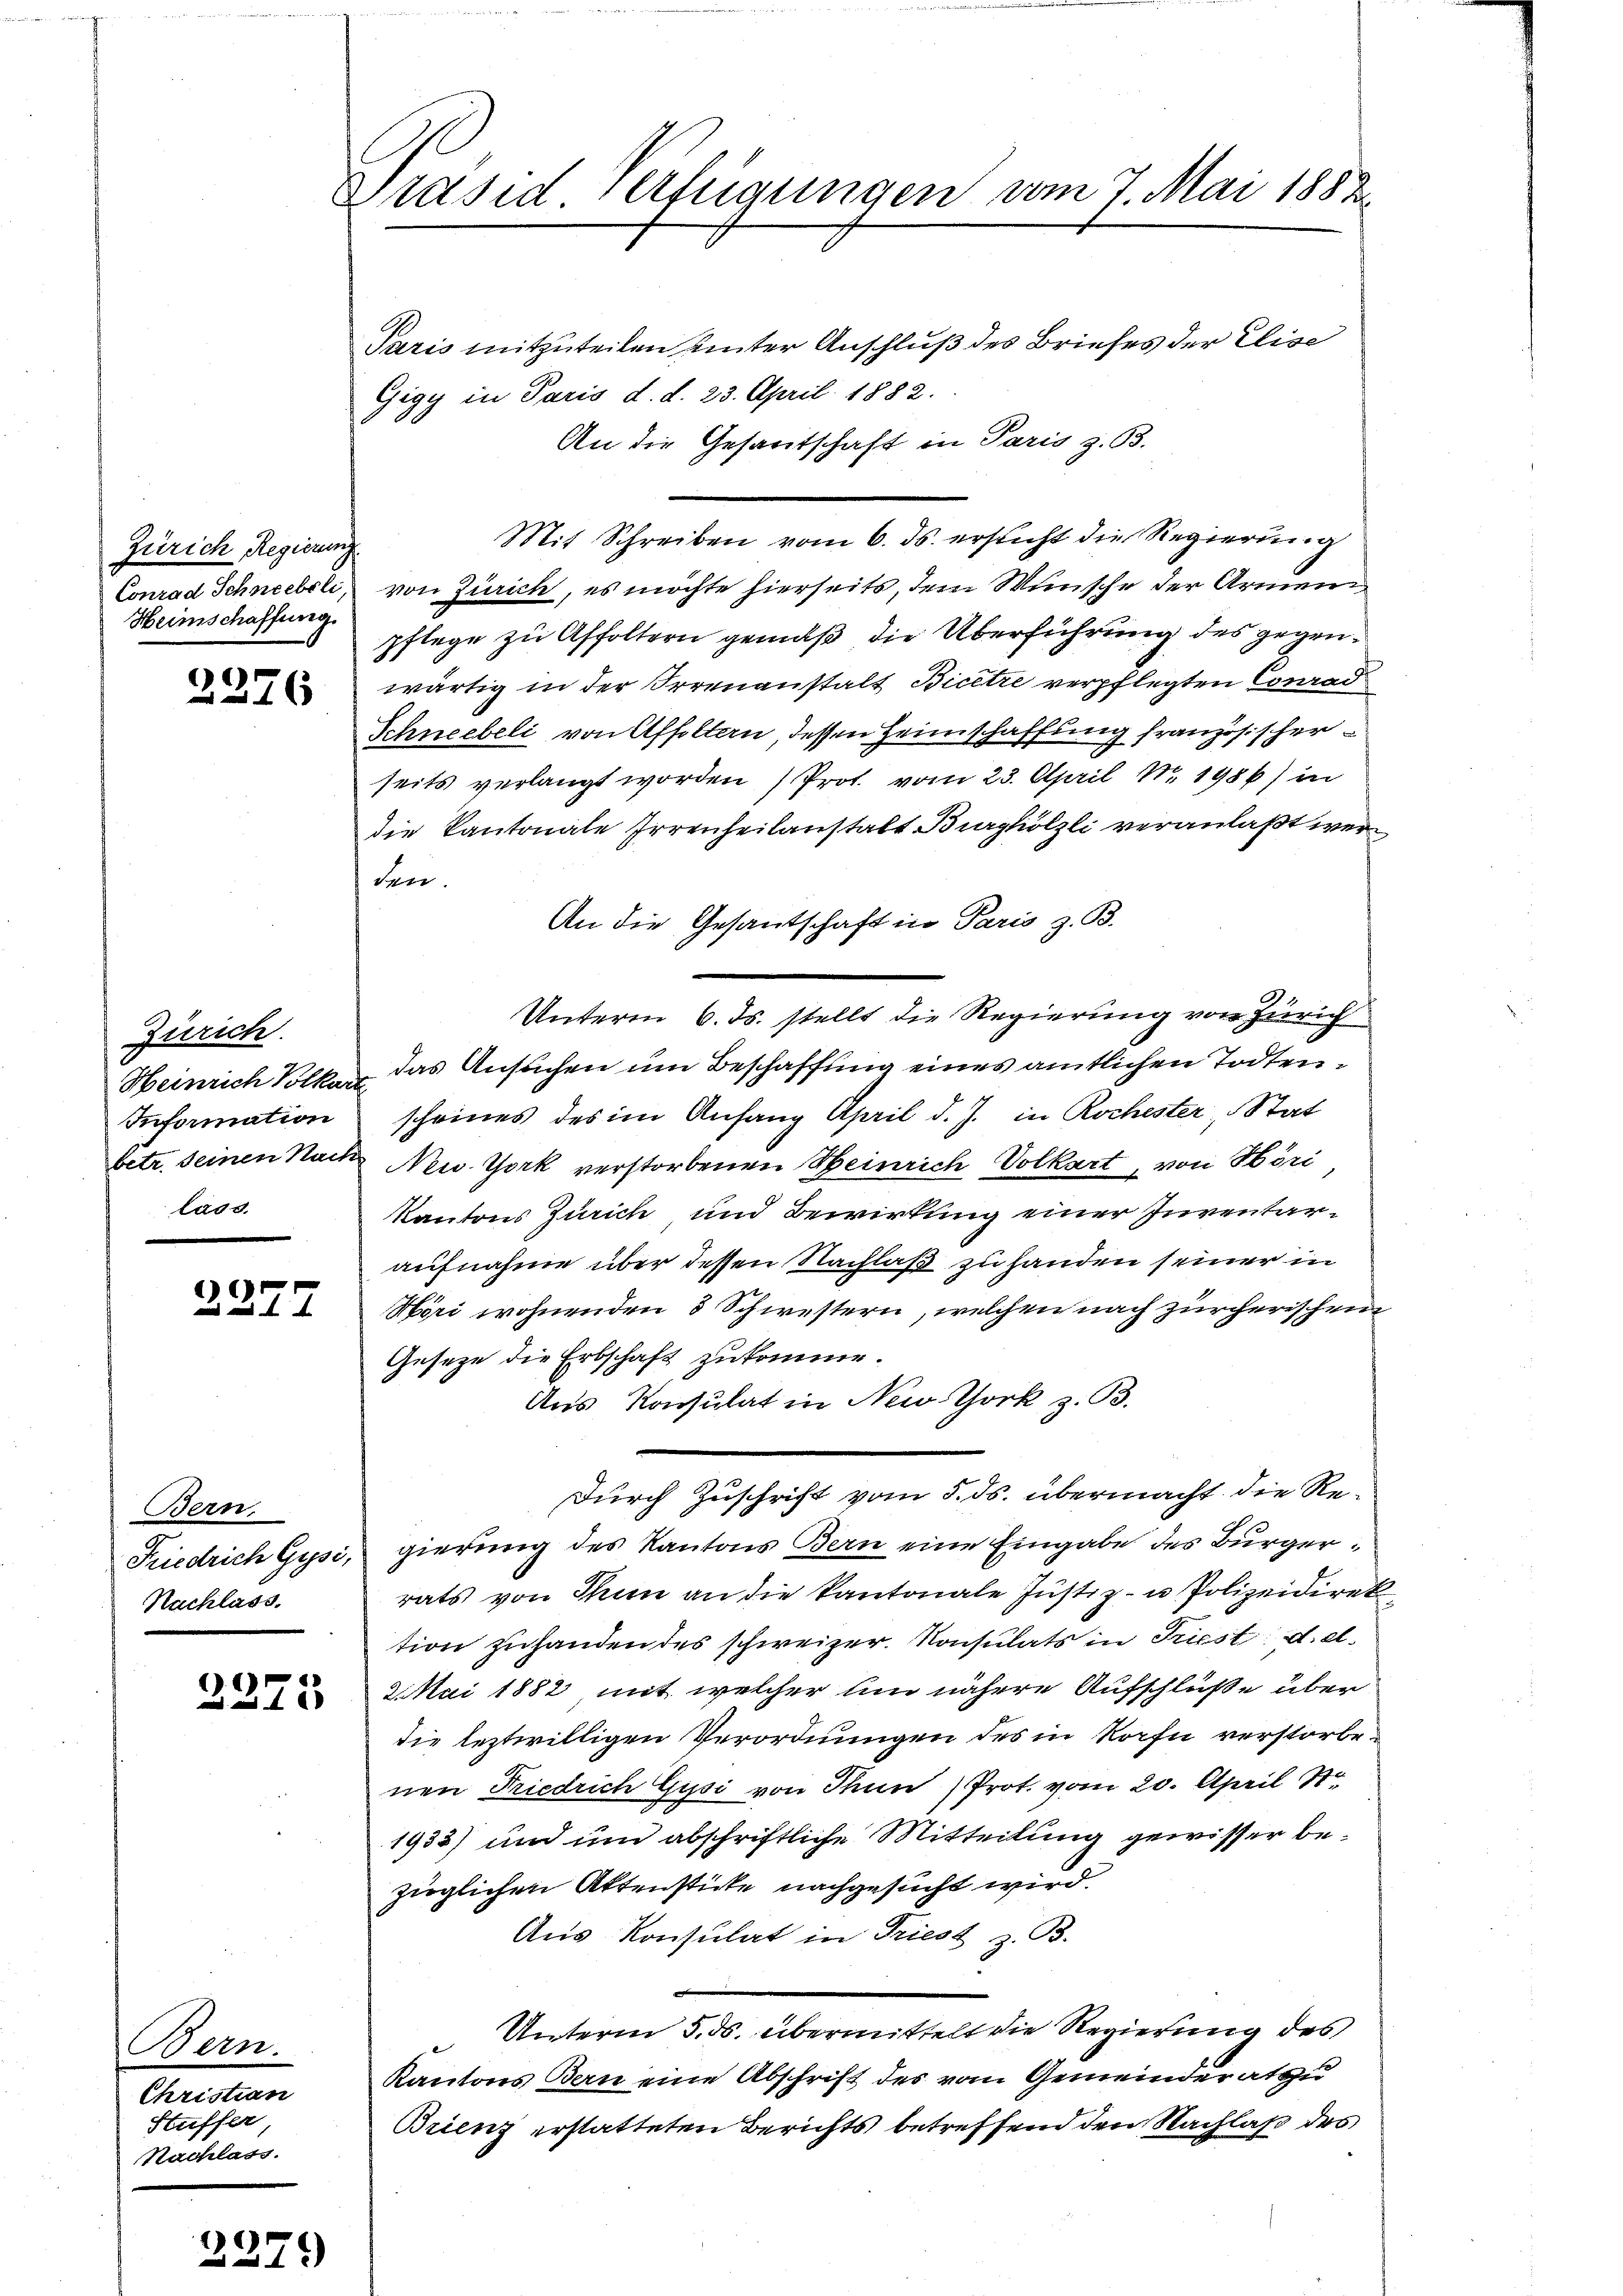
Zürich Regierung
Conrad Schneebsli,
Heimschaffung.

)
4x

Zürich.
Heinrich Volkart
Information
betr. Seinen Nach
lass.

)

Bern,
Friedrich Gysi,
Nachlass.

2375

Bem.
Christian
Stuffer
Nachlass.

2279

Präsid verfügungen vom 7. Mai 1882.

Paris mitzuteilen unter Anschluß des Briefes der Elise
Gigy in Paris d. d. 23. April 1882.
An die Gesantschaft in Paris z. B.
Mit Schreiben vom 6. ds. ersucht die Regierung
von Zürich, es möchte hierseits, dein Wünsche der Armen
pflege zu Affoltern gemäß die Überführung des gegenwärtig in der Irrenanstalt Bicetze verpflegten Conrad
Schneebeli von Affoltern dessen Heimschaffung französischer
seits verlangt worden Prot. vom 23. April Nr. 1986) in
die Kantonale Irrenheilanstatt Burghölzli veranlaßt werden.
An die Gesantschaft in Paris z. B.
Unterm 6. ds. stellt die Regierung von Zürich
das Ansuchen um Beschaffung eines amtlichen Todtenscheines des im Anfang April d. J. in Rochester Stat
New York verstorbenen Heinrich Volkart, von Höri
Kantons Zürich und Bewirkung einer Inventaraufnahme über dessen Nachlaß zu handen seiner in
Höri wohnenden 3 Schwestern, welchen nach zürcherischen
Gesetze die Erbschaft zukomme.
Aus Konsulat in New York z. B.
Durch Zuschrift vom 5. ds. übermacht die Regierung des Kantons Bern eine Eingabe des Bürgerrats von Thun an die Kantonale Justiz- u Polizeidirek
tion zuhanden des schweizer. Konsulats in Triest d. d.
2. Mai 1882 mit welcher um nähere Aufschlüße über
die leztwilligen Verordnungen des in Korfn verstorbenen Friedrich Gisi von Thun (Prot. vom 20. April 187
1933) und und abschriftliche Mitteilung gewisser bezüglichen Aktensticke nachgesucht wird.
Aus Konsulat in Triest z. B.
Unterm 5. ds. übermittelt die Regierung des
Kantons Bern eine Abschrift des vom Gemeinderatu
Brienz erstatteten Berichts betreffend den Nachlaß des